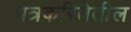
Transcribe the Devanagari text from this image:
पत्रकरितेतील